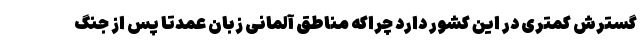
گسترش کمتری در این کشور دارد چراکه مناطق آلمانی زبان عمدتا پس از جنگ